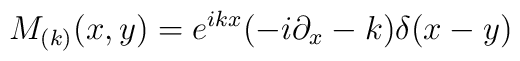
M_{(k)}(x,y)=e^{ikx}(-i\partial _{x}-k)\delta (x-y)